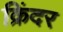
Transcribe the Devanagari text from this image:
क्रिंदर